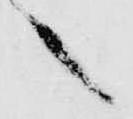
候